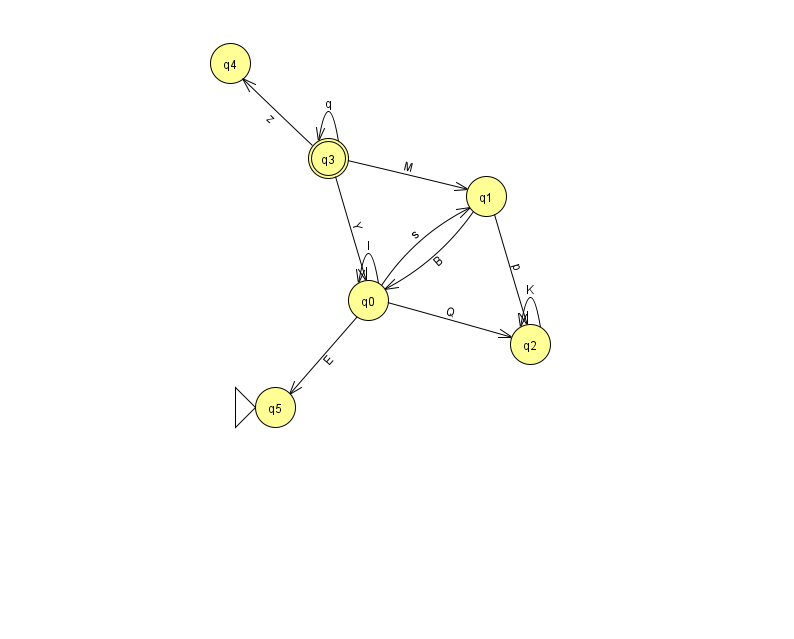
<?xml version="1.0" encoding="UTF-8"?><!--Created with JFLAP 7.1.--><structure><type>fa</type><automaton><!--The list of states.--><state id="0" name="q0"><x>368.0</x><y>287.0</y></state><state id="1" name="q1"><x>486.0</x><y>183.0</y></state><state id="2" name="q2"><x>530.0</x><y>331.0</y></state><state id="3" name="q3"><x>328.0</x><y>145.0</y><final/></state><state id="4" name="q4"><x>230.0</x><y>50.0</y></state><state id="5" name="q5"><x>275.0</x><y>394.0</y><initial/></state><!--The list of transitions.--><transition><from>3</from><to>3</to><read>q</read></transition><transition><from>0</from><to>2</to><read>Q</read></transition><transition><from>0</from><to>5</to><read>E</read></transition><transition><from>3</from><to>0</to><read>Y</read></transition><transition><from>1</from><to>0</to><read>B</read></transition><transition><from>0</from><to>1</to><read>s</read></transition><transition><from>3</from><to>1</to><read>M</read></transition><transition><from>3</from><to>4</to><read>z</read></transition><transition><from>2</from><to>2</to><read>K</read></transition><transition><from>0</from><to>0</to><read>l</read></transition><transition><from>1</from><to>2</to><read>p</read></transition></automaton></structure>